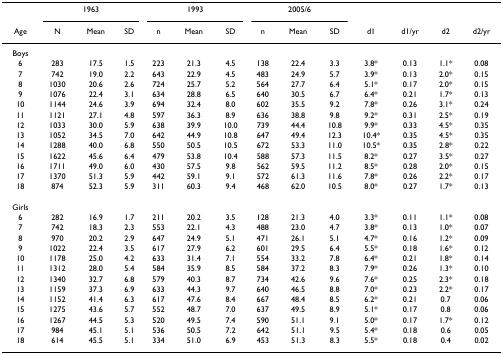
<table><thead><tr><td></td><td colspan="3"><b>1963</b></td><td colspan="3"><b>1993</b></td><td colspan="3"><b>2005/6</b></td><td></td><td></td><td></td><td></td></tr><tr><td><b>Age</b></td><td><b>N</b></td><td><b>Mean</b></td><td><b>SD</b></td><td><b>n</b></td><td><b>Mean</b></td><td><b>SD</b></td><td><b>n</b></td><td><b>Mean</b></td><td><b>SD</b></td><td><b>d1</b></td><td><b>d1/yr</b></td><td><b>d2</b></td><td><b>d2/yr</b></td></tr></thead><tbody><tr><td>Boys</td><td></td><td></td><td></td><td></td><td></td><td></td><td></td><td></td><td></td><td></td><td></td><td></td><td></td></tr><tr><td>6</td><td>283</td><td>17.5</td><td>1.5</td><td>223</td><td>21.3</td><td>4.5</td><td>138</td><td>22.4</td><td>3.3</td><td>3.8*</td><td>0.13</td><td>1.1*</td><td>0.08</td></tr><tr><td>7</td><td>742</td><td>19.0</td><td>2.2</td><td>643</td><td>22.9</td><td>4.5</td><td>483</td><td>24.9</td><td>5.7</td><td>3.9*</td><td>0.13</td><td>2.0*</td><td>0.15</td></tr><tr><td>8</td><td>1030</td><td>20.6</td><td>2.6</td><td>724</td><td>25.7</td><td>5.2</td><td>564</td><td>27.7</td><td>6.4</td><td>5.1*</td><td>0.17</td><td>2.0*</td><td>0.15</td></tr><tr><td>9</td><td>1076</td><td>22.4</td><td>3.1</td><td>634</td><td>28.8</td><td>6.5</td><td>640</td><td>30.5</td><td>6.7</td><td>6.4*</td><td>0.21</td><td>1.7*</td><td>0.13</td></tr><tr><td>10</td><td>1144</td><td>24.6</td><td>3.9</td><td>694</td><td>32.4</td><td>8.0</td><td>602</td><td>35.5</td><td>9.2</td><td>7.8*</td><td>0.26</td><td>3.1*</td><td>0.24</td></tr><tr><td>11</td><td>1121</td><td>27.1</td><td>4.8</td><td>597</td><td>36.3</td><td>8.9</td><td>636</td><td>38.8</td><td>9.8</td><td>9.2*</td><td>0.31</td><td>2.5*</td><td>0.19</td></tr><tr><td>12</td><td>1033</td><td>30.0</td><td>5.9</td><td>638</td><td>39.9</td><td>10.0</td><td>739</td><td>44.4</td><td>10.8</td><td>9.9*</td><td>0.33</td><td>4.5*</td><td>0.35</td></tr><tr><td>13</td><td>1052</td><td>34.5</td><td>7.0</td><td>642</td><td>44.9</td><td>10.8</td><td>647</td><td>49.4</td><td>12.3</td><td>10.4*</td><td>0.35</td><td>4.5*</td><td>0.35</td></tr><tr><td>14</td><td>1288</td><td>40.0</td><td>6.8</td><td>550</td><td>50.5</td><td>10.5</td><td>672</td><td>53.3</td><td>11.0</td><td>10.5*</td><td>0.35</td><td>2.8*</td><td>0.22</td></tr><tr><td>15</td><td>1622</td><td>45.6</td><td>6.4</td><td>479</td><td>53.8</td><td>10.4</td><td>588</td><td>57.3</td><td>11.5</td><td>8.2*</td><td>0.27</td><td>3.5*</td><td>0.27</td></tr><tr><td>16</td><td>1711</td><td>49.0</td><td>6.0</td><td>430</td><td>57.5</td><td>9.8</td><td>562</td><td>59.5</td><td>11.2</td><td>8.5*</td><td>0.28</td><td>2.0*</td><td>0.15</td></tr><tr><td>17</td><td>1370</td><td>51.3</td><td>5.9</td><td>442</td><td>59.1</td><td>9.1</td><td>572</td><td>61.3</td><td>11.6</td><td>7.8*</td><td>0.26</td><td>2.2*</td><td>0.17</td></tr><tr><td>18</td><td>874</td><td>52.3</td><td>5.9</td><td>311</td><td>60.3</td><td>9.4</td><td>468</td><td>62.0</td><td>10.5</td><td>8.0*</td><td>0.27</td><td>1.7*</td><td>0.13</td></tr><tr><td>Girls</td><td></td><td></td><td></td><td></td><td></td><td></td><td></td><td></td><td></td><td></td><td></td><td></td><td></td></tr><tr><td>6</td><td>282</td><td>16.9</td><td>1.7</td><td>211</td><td>20.2</td><td>3.5</td><td>128</td><td>21.3</td><td>4.0</td><td>3.3*</td><td>0.11</td><td>1.1*</td><td>0.08</td></tr><tr><td>7</td><td>742</td><td>18.3</td><td>2.3</td><td>553</td><td>22.1</td><td>4.3</td><td>488</td><td>23.0</td><td>4.7</td><td>3.8*</td><td>0.13</td><td>1.0*</td><td>0.07</td></tr><tr><td>8</td><td>970</td><td>20.2</td><td>2.9</td><td>647</td><td>24.9</td><td>5.1</td><td>471</td><td>26.1</td><td>5.1</td><td>4.7*</td><td>0.16</td><td>1.2*</td><td>0.09</td></tr><tr><td>9</td><td>1022</td><td>22.4</td><td>3.5</td><td>617</td><td>27.9</td><td>6.2</td><td>601</td><td>29.5</td><td>6.4</td><td>5.5*</td><td>0.18</td><td>1.6*</td><td>0.12</td></tr><tr><td>10</td><td>1178</td><td>25.0</td><td>4.2</td><td>633</td><td>31.4</td><td>7.1</td><td>554</td><td>33.2</td><td>7.8</td><td>6.4*</td><td>0.21</td><td>1.8*</td><td>0.14</td></tr><tr><td>11</td><td>1312</td><td>28.0</td><td>5.4</td><td>584</td><td>35.9</td><td>8.5</td><td>584</td><td>37.2</td><td>8.3</td><td>7.9*</td><td>0.26</td><td>1.3*</td><td>0.10</td></tr><tr><td>12</td><td>1340</td><td>32.7</td><td>6.8</td><td>579</td><td>40.3</td><td>8.7</td><td>734</td><td>42.6</td><td>9.6</td><td>7.6*</td><td>0.25</td><td>2.3*</td><td>0.18</td></tr><tr><td>13</td><td>1159</td><td>37.3</td><td>6.9</td><td>633</td><td>44.3</td><td>9.7</td><td>640</td><td>46.5</td><td>8.8</td><td>7.0*</td><td>0.23</td><td>2.2*</td><td>0.17</td></tr><tr><td>14</td><td>1152</td><td>41.4</td><td>6.3</td><td>617</td><td>47.6</td><td>8.4</td><td>667</td><td>48.4</td><td>8.5</td><td>6.2*</td><td>0.21</td><td>0.7</td><td>0.06</td></tr><tr><td>15</td><td>1275</td><td>43.6</td><td>5.7</td><td>552</td><td>48.7</td><td>7.0</td><td>637</td><td>49.5</td><td>8.9</td><td>5.1*</td><td>0.17</td><td>0.8</td><td>0.06</td></tr><tr><td>16</td><td>1267</td><td>44.5</td><td>5.3</td><td>520</td><td>49.5</td><td>7.4</td><td>590</td><td>51.1</td><td>9.1</td><td>5.0*</td><td>0.17</td><td>1.7*</td><td>0.12</td></tr><tr><td>17</td><td>984</td><td>45.1</td><td>5.1</td><td>536</td><td>50.5</td><td>7.2</td><td>642</td><td>51.1</td><td>9.5</td><td>5.4*</td><td>0.18</td><td>0.6</td><td>0.05</td></tr><tr><td>18</td><td>614</td><td>45.5</td><td>5.1</td><td>334</td><td>51.0</td><td>6.9</td><td>453</td><td>51.3</td><td>8.3</td><td>5.5*</td><td>0.18</td><td>0.4</td><td>0.02</td></tr></tbody></table>